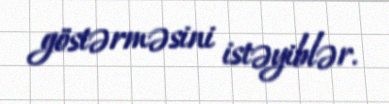
göstərməsini istəyiblər.